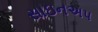
સાઇનઅપ